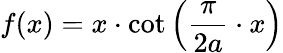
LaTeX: f(x)=x\cdot\cot\left({\frac{\pi}{2a}}\cdot x\right)